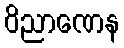
ဝိညာဏေန